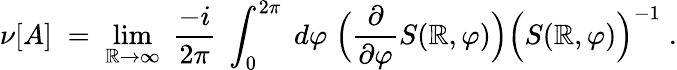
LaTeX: \nu[A]\; =\; \operatorname*{lim}_{\mathbb{R}\rightarrow\infty}\; \frac{{-i}}{{2\pi}}\; \int_{0}^{2\pi}\; d\varphi\; \Big(\frac{{\partial}}{{\partial\varphi}}S(\mathbb{R},\varphi)\Big)\Big(S(\mathbb{R},\varphi)\Big)^{-1}\; .